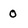
Character: 0